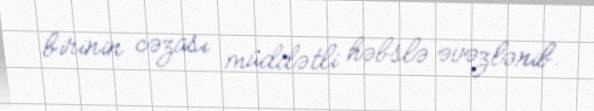
birinin cəzası müddətli həbslə əvəzlənib.